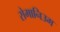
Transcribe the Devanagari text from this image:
रोमानिउम